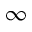
\infty